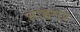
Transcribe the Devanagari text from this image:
ताइगर